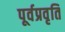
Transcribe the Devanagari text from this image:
पूर्वप्रवृति